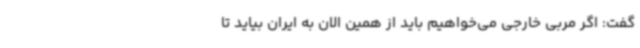
گفت: اگر مربی خارجی می‌خواهیم باید از همین الان به ایران بیاید تا